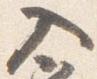
入